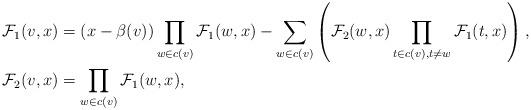
LaTeX: \begin{align*} \mathcal{F}_1(v, x) &= (x - \beta(v)) \displaystyle\prod_{w \in c(v)}\mathcal{F}_1(w, x) - \displaystyle\sum_{w \in c(v)} \left( \mathcal{F}_2(w, x) \displaystyle\prod_{t \in c(v), t \neq w} \mathcal{F}_1(t, x) \right) ,\\ \mathcal{F}_2(v, x) &= \displaystyle\prod_{w \in c(v)} \mathcal{F}_1(w, x) , \end{align*}